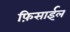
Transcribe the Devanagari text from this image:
फ़िसाईल